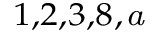
^ { 1 , 2 , 3 , 8 , } \footnote { C o r r e s p o n d e n c e : q i s u @ s j t u . e d u . c n }